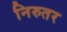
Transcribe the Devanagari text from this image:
निरुतर